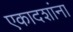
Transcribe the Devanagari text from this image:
एकादशांना